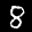
Label: 8